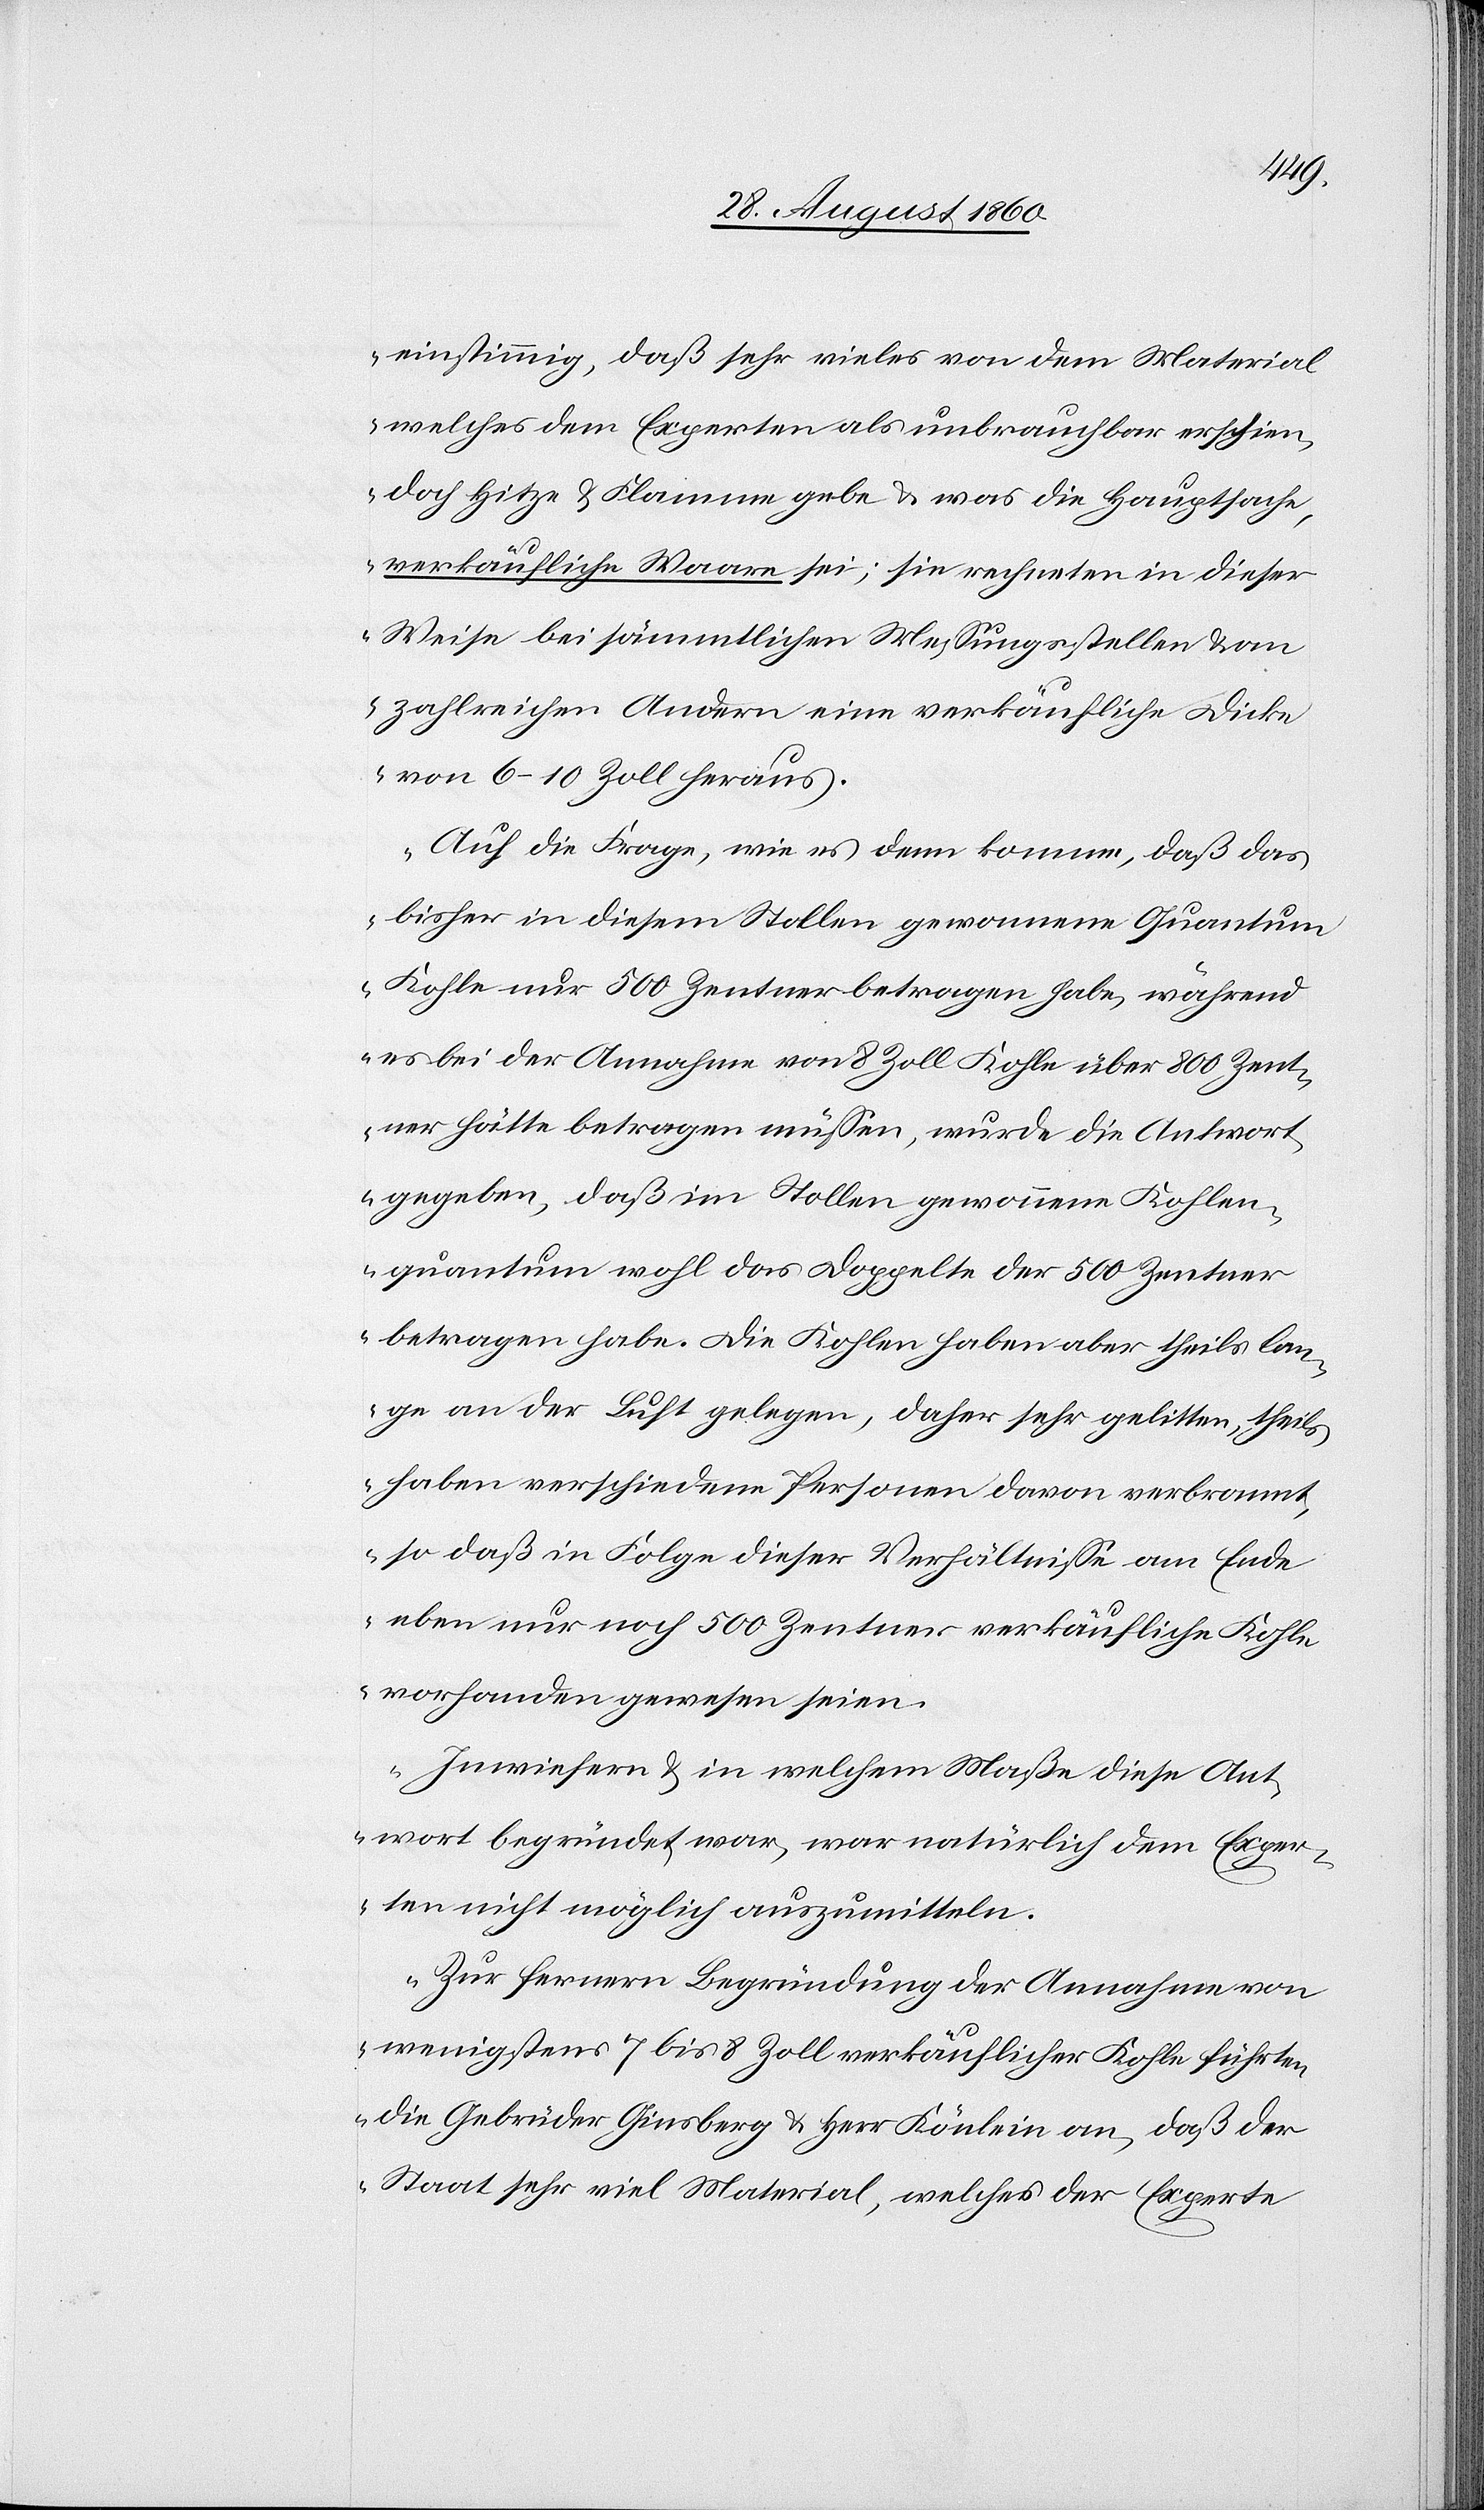
einstimmig, dass sehr vieles von dem Material,
welches dem Experten als unbrauchbar erschien,
doch Hitze u. Flamme gebe u. was die Hauptsache,
verkäufliche Waare sei; sie rechneten in dieser
Weise bei sämmtlichen Messungsstellen u.
zahlreichen Andern eine verkäufliche Dicke
von 6 bis 10 Zoll heraus.
Auf die Frage, wie es denn komme, dass das
bisher in diesem Stollen gewonnene Quantum
Kohle nur 500 Centner betragen habe, während
es bei der Annahme von 8 Zoll Kohle über 800 Cent¬
ner hätte betragen müssen, wurde die Antwort
gegeben, dass [das] im Stollen gewonnene Kohlen¬
quantum wohl das Doppelte der 500 Centner
betragen habe, die Kohlen habe aber theils lan¬
ge an der Luft gelegen, daher sehr gelitten, theils
haben verschiedene Personen davon verbrannt,
so dass in Folge dieser Verhältnisse am Ende
eben nur noch 500 Centner verkäufliche Kohle
vorhanden gewesen seien.
In wiefern u. in welchem Masse diese Ant¬
wort begründet war, war natürlich dem Exper¬
ten nicht möglich auszumitteln.
Zur fernern Begründung der Annahme von
wenigstens 7 bis 8 Zoll verkäuflicher Kohle führten
die Gebrüder Ginsberg u. Hr. Könlein an, dass der
Staat sehr viel Material, welches der Experte